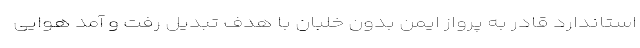
استاندارد قادر به پرواز ایمن بدون خلبان با هدف تبدیل رفت و آمد هوایی